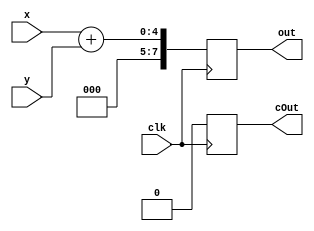
module Adder(out, x, y, cOut, clk);

output reg [7:0] out;
output reg cOut;
input [3:0] x, y;
input clk;

reg [8:0] temp;
always @(posedge clk)
begin
temp = x + y;
cOut = temp[8];
out = temp[7:0];
end
endmodule